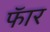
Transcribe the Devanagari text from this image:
फॅार